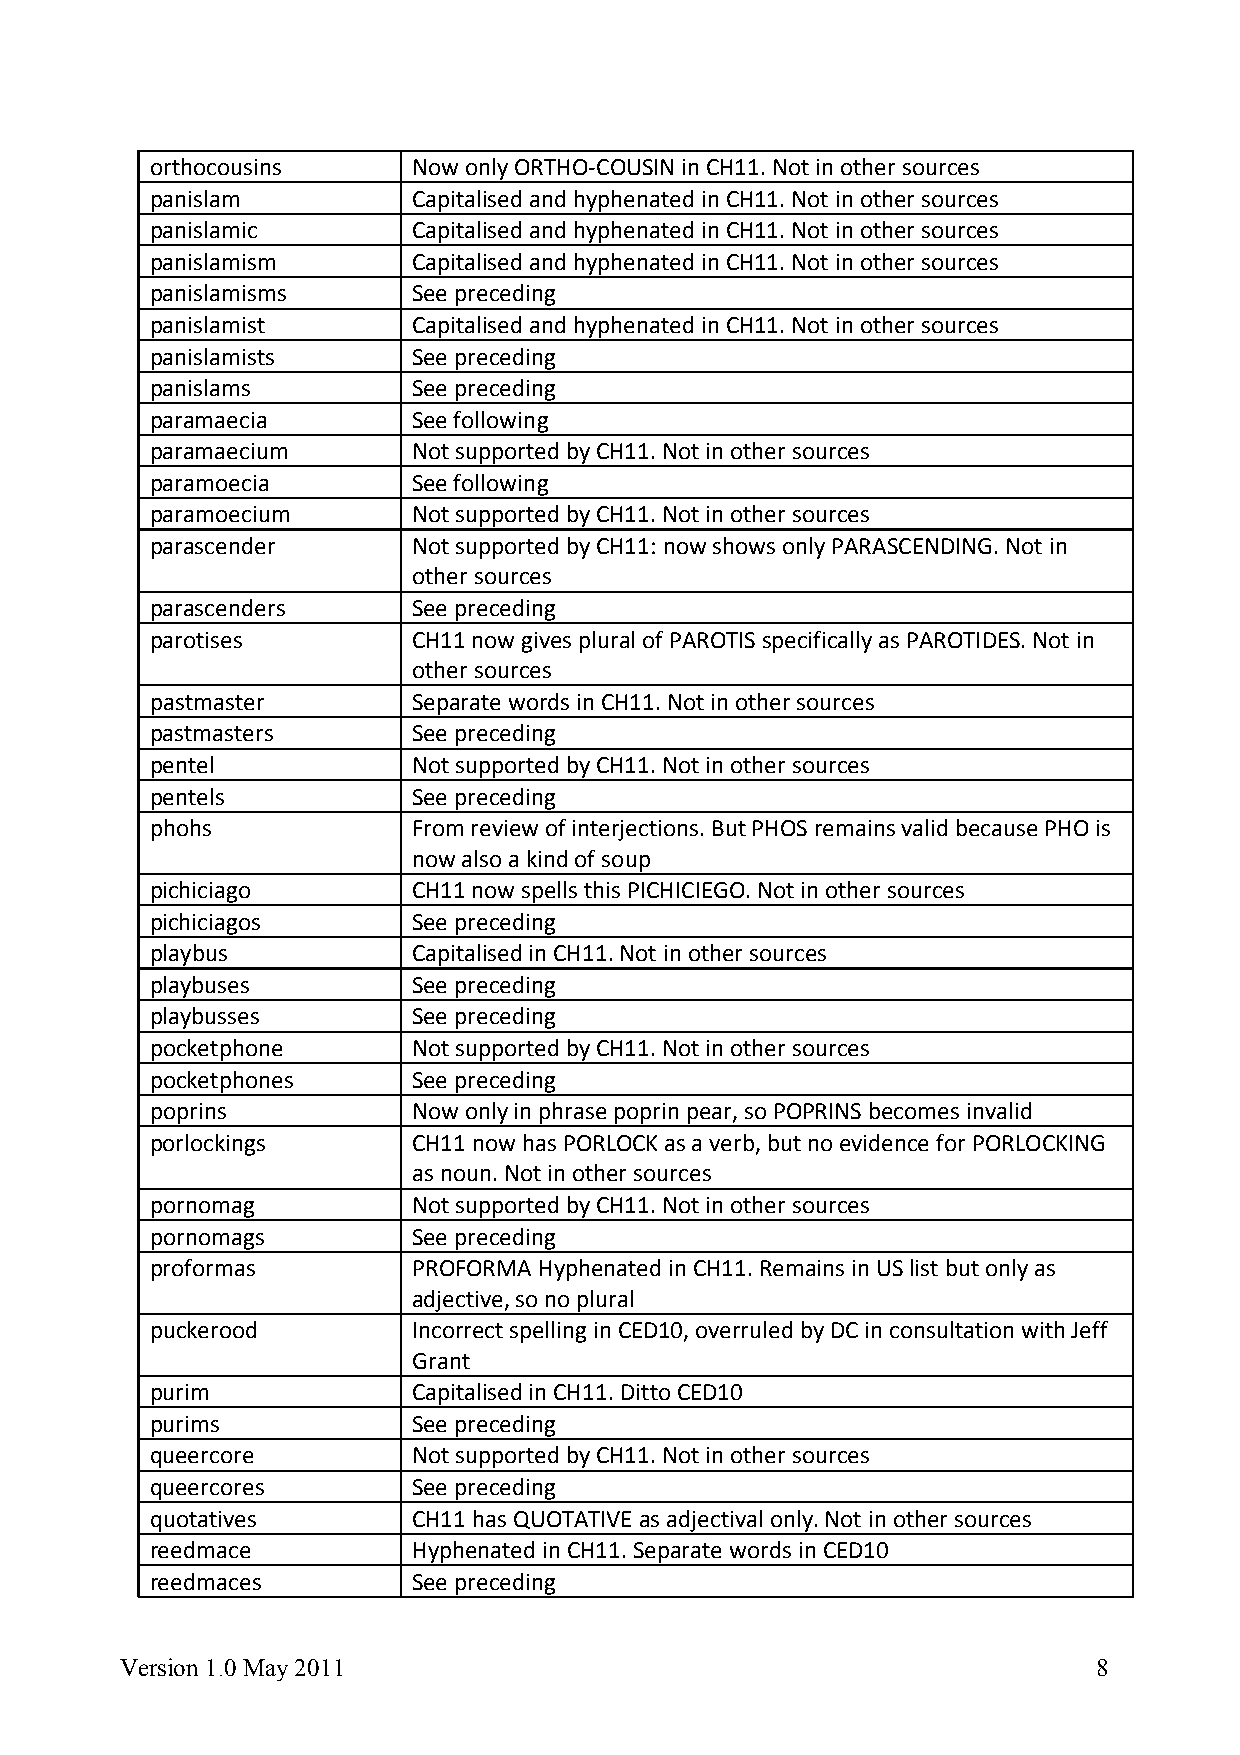
orthocousins     Now only ORTHO-COUSIN in CH11. Not in other sources
 panislam         Capitalised and hyphenated in CH11. Not in other sources
 panislamic       Capitalised and hyphenated in CH11. Not in other sources
 panislamism      Capitalised and hyphenated in CH11. Not in other sources
 panislamisms     See preceding
 panislamist      Capitalised and hyphenated in CH11. Not in other sources
 panislamists     See preceding
 panislams        See preceding
 paramaecia       See following
 paramaecium      Not supported by CH11. Not in other sources
 paramoecia       See following
 paramoecium      Not supported by CH11. Not in other sources
 parascender      Not supported by CH11: now shows only PARASCENDING. Not in
 other sources
 parascenders     See preceding
 parotises        CH11 now gives plural of PAROTIS specifically as PAROTIDES. Not in
 other sources
 pastmaster       Separate words in CH11. Not in other sources
 pastmasters      See preceding
 pentel           Not supported by CH11. Not in other sources
 pentels          See preceding
 phohs            From review of interjections. But PHOS remains valid because PHO is
 now also a kind of soup
 pichiciago       CH11 now spells this PICHICIEGO. Not in other sources
 pichiciagos      See preceding
 playbus          Capitalised in CH11. Not in other sources
 playbuses        See preceding
 playbusses       See preceding
 pocketphone      Not supported by CH11. Not in other sources
 pocketphones     See preceding
 poprins          Now only in phrase poprin pear, so POPRINS becomes invalid
 porlockings      CH11 now has PORLOCK as a verb, but no evidence for PORLOCKING
 as noun. Not in other sources
 pornomag         Not supported by CH11. Not in other sources
 pornomags        See preceding
 proformas        PROFORMA Hyphenated in CH11. Remains in US list but only as
 adjective, so no plural
 puckerood        Incorrect spelling in CED10, overruled by DC in consultation with Jeff
 Grant
 purim            Capitalised in CH11. Ditto CED10
 purims           See preceding
 queercore        Not supported by CH11. Not in other sources
 queercores       See preceding
 quotatives       CH11 has QUOTATIVE as adjectival only. Not in other sources
 reedmace         Hyphenated in CH11. Separate words in CED10
 reedmaces        See preceding
 Version 1.0 May 2011                                             8